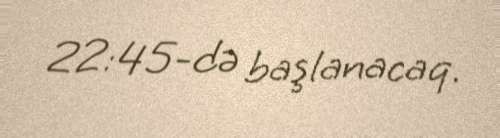
22:45-də başlanacaq.